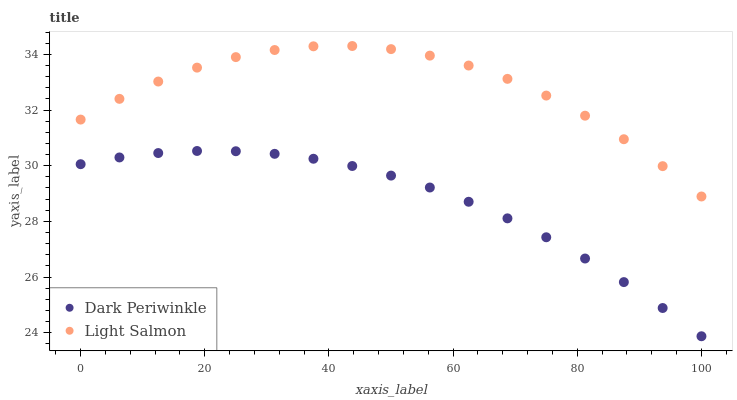
| xaxis_label | Dark Periwinkle | Light Salmon |
 | --- | --- | --- |
 | 0 | 30.1 | 31.7 |
 | 6.25 | 30.3 | 32.4 |
 | 12.5 | 30.5 | 33 |
 | 18.8 | 30.5 | 33.5 |
 | 25 | 30.5 | 33.9 |
 | 31.2 | 30.4 | 34.2 |
 | 37.5 | 30.3 | 34.3 |
 | 43.8 | 30 | 34.3 |
 | 50 | 29.6 | 34.2 |
 | 56.2 | 29.2 | 34 |
 | 62.5 | 28.7 | 33.6 |
 | 68.8 | 28.1 | 33.1 |
 | 75 | 27.4 | 32.5 |
 | 81.2 | 26.7 | 31.8 |
 | 87.5 | 25.8 | 31 |
 | 93.8 | 24.9 | 30 |
 | 100 | 23.9 | 28.9 |